Annual report on the Civil Veterinary Department, Burma (including the Insein Veterinary School) - 1910-1922
Year: 1910
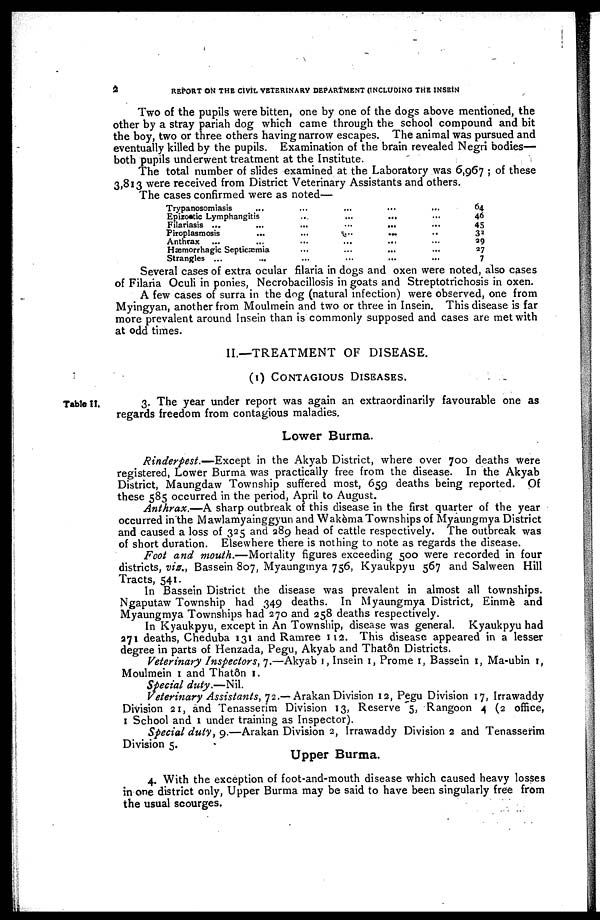
2
REPORT ON THE CIVIL VETERINARY DEPARTMENT (INCLUDING THE INSEIN
Two of the pupils were bitten, one by one of the dogs above mentioned, the
other by a stray pariah dog which came through the school compound and bit
the boy, two or three others having narrow escapes. The animal was pursued and
eventually killed by the pupils. Examination of the brain revealed Negri bodies—
both pupils underwent treatment at the Institute.
The total number of slides examined at the Laboratory was 6,967; of these
3,813 were received from District Veterinary Assistants and others.
The cases confirmed were as noted—
Trypanosomiasis
...
Epizootic Lymphangitis
Filariasis ...
Piroplasmosis
Anthrax
...
...
...
Hæmorrhagic Septicæmia
Strangles ...
...
...
..
...
...
...
...
...
...
...
...
...
...
...
...
...
...
...
...
...
...
...
...
...
...
..
...
...
...
64
46
45
32
29
27
7
Several cases of extra ocular filaria in dogs and oxen were noted, also cases
of Filaria Oculi in ponies, Necrobacillosis in goats and Streptotrichosis in oxen.
A few cases of surra in the dog (natural infection) were observed, one from
Myingyan, another from Moulmein and two or three in Insein. This disease is far
more prevalent around Insein than is commonly supposed and cases are met with
at odd times.
II.—TREATMENT OF DISEASE.
(1) CONTAGIOUS DISEASES.
Table It.
3. The year under report was again an extraordinarily favourable one as
regards freedom from contagious maladies.
Lower Burma.
Rinderpest.— Except in the Akyab District, where over 700 deaths were
registered, Lower Burma was practically free from the disease. In the Akyab
District, Maungdaw Township suffered most, 659 deaths being reported. Of
these 585 occurred in the period, April to August.
Anthrax.—A sharp outbreak of this disease in the first quarter of the year
occurred in the Mawlamyainggyun and Wakèma Townships of Myaungmya District
and caused a loss of 325 and 289 head of cattle respectively. The outbreak was
of short duration. Elsewhere there is nothing to note as regards the disease.
Foot and mouth.—Mortality figures exceeding 500 were recorded in four
districts, viz., Bassein 807, Myaungmya 756, Kyaukpyu 567 and Salween Hill
Tracts, 541.
In Bassein District the disease was prevalent in almost all townships.
Ngaputaw Township had 349 deaths. In Myaungmya District, Einmè and
Myaungmya Townships had 270 and 258 deaths respectively.
In Kyaukpyu, except in An Township, disease was general. Kyaukpyu had
271 deaths, Cheduba 131 and Ramree 112. This disease appeared in a lesser
degree in parts of Henzada, Pegu, Akyab and That8n Districts.
Veterinary Inspectors, 7.—Akyab 1, Insein 1, Prome 1, Bassein 1, Ma-ubin 1,
Moulmein 1 and Thatôn 1.
Special duty.—Nil.
Veterinary Assistants, 72.— Arakan Division 12, Pegu Division 17, Irrawaddy
Division 21, and Tenasserim Division 13, Reserve 5, Rangoon 4 (2 office,
1 School and 1 under training as Inspector).
Special duty, 9.—Arakan Division 2, Irrawaddy Division 2 and Tenasserim
Division 5.
Upper Burma.
4. With the exception of foot-and-mouth disease which caused heavy losses
in one district only, Upper Burma may be said to have been singularly free from
the usual scourges.